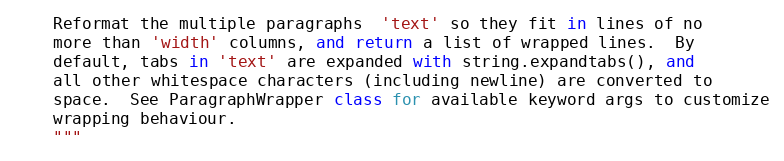
Language: Python
    Reformat the multiple paragraphs  'text' so they fit in lines of no
    more than 'width' columns, and return a list of wrapped lines.  By
    default, tabs in 'text' are expanded with string.expandtabs(), and
    all other whitespace characters (including newline) are converted to
    space.  See ParagraphWrapper class for available keyword args to customize
    wrapping behaviour.
    """